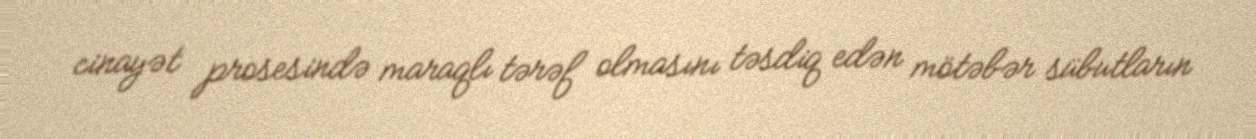
cinayət prosesində maraqlı tərəf olmasını təsdiq edən mötəbər sübutların